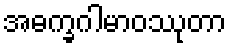
အဓက္ခဂါမာဝဿုတာ